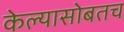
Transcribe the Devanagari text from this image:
केल्यासोबतच